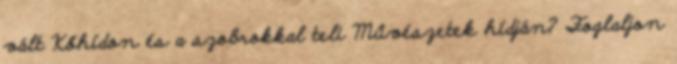
vált Kőhídon és a szobrokkal teli Művészetek hídján? Foglaljon